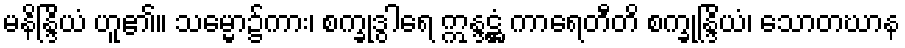
မနိန္ဒြိယံ ဟူ၏။ သမ္မော၌ကား၊ စက္ခုဒွါရေ ဣန္ဒဋ္ဌံ ကာရေတီတိ စက္ခုန္ဒြိယံ၊ သောတဃာန